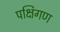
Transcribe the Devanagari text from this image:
पक्षिगण